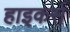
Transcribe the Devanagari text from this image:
हाइकर्स